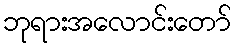
ဘုရားအလောင်းတော်